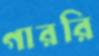
গাররি